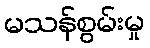
မသန်စွမ်းမှု